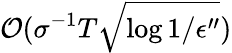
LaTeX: \mathcal{O}(\sigma^{-1}T\sqrt{\log{1/\epsilon^{\prime\prime}}})